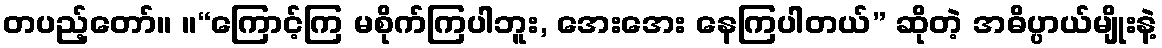
တပည့်တော်။ ။“ကြောင့်ကြ မစိုက်ကြပါဘူး, အေးအေး နေကြပါတယ်” ဆိုတဲ့ အဓိပ္ပာယ်မျိုးနဲ့